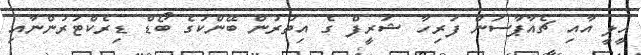
ހީލީ އާއި ޗެއާޕާސަން ފަރިހާ ޝަރީފް ގެ އިތުރުން ބޭންކުގެ ބޯޑް ޑިރެކްޓަރުންނާއި